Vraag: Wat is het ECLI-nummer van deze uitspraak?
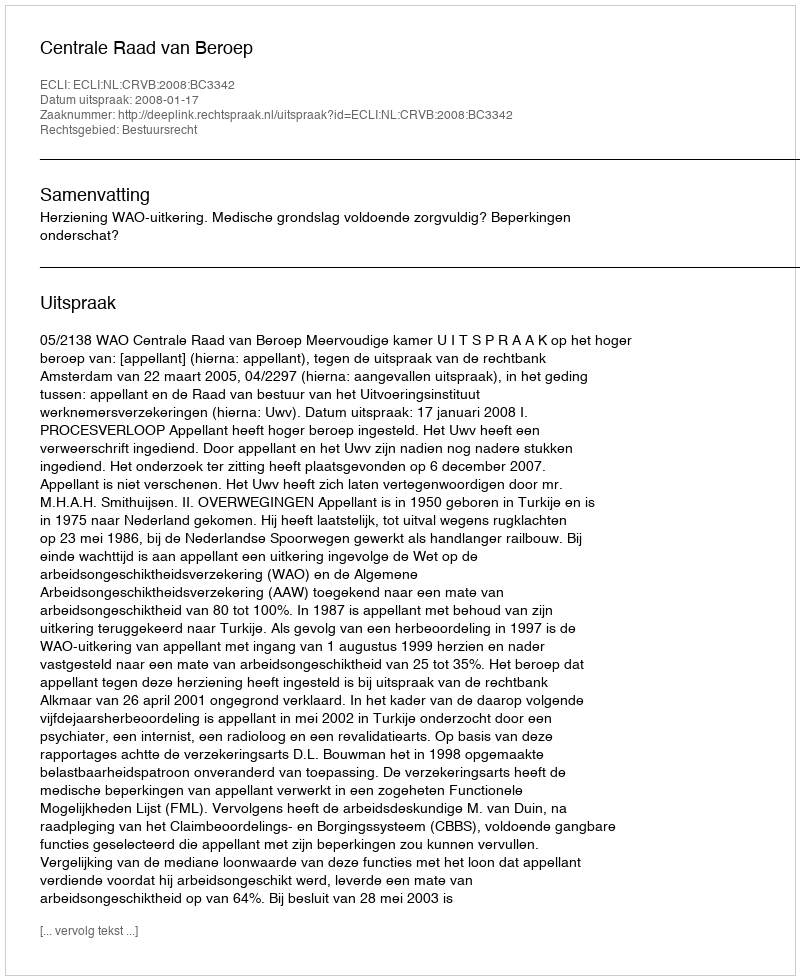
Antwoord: ECLI:NL:CRVB:2008:BC3342